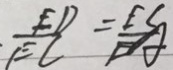
\frac { E D } { E C } = \frac { E C } { E A }